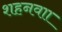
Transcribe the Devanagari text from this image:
शहनवाा